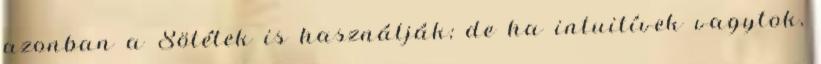
azonban a Sötétek is használják; de ha intuitívek vagytok,